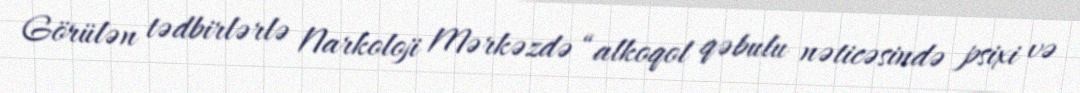
Görülən tədbirlərlə Narkoloji Mərkəzdə “alkoqol qəbulu nəticəsində psixi və